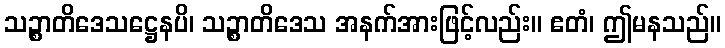
သဉ္စာတိဒေသဋ္ဌေနပိ၊ သဉ္စာတိဒေသ အနက်အားဖြင့်လည်း။ ဧတံ၊ ဤမနသည်။